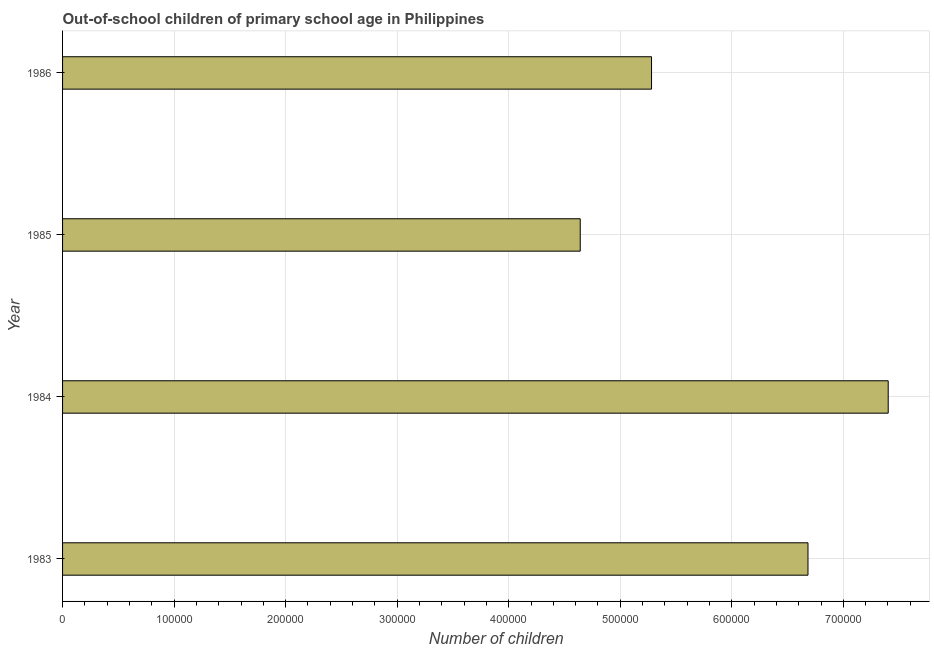
| Year | Out-of-school children of primary school age |
 | --- | --- |
 | 1983 | 6.68e+05 |
 | 1984 | 7.4e+05 |
 | 1985 | 4.64e+05 |
 | 1986 | 5.28e+05 |